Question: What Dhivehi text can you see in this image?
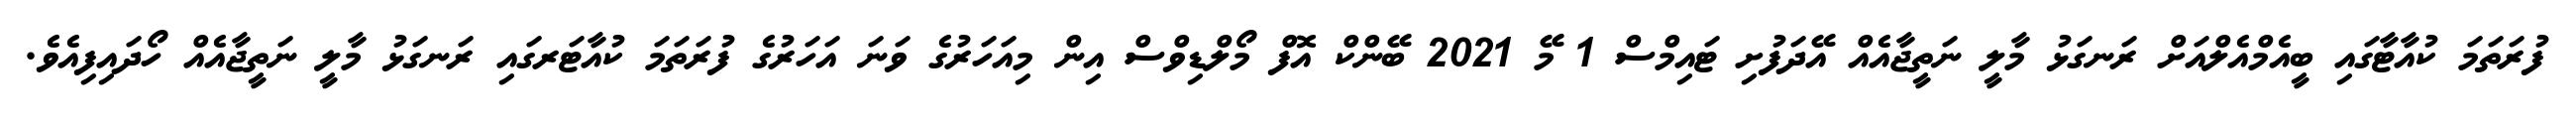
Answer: ފުރަތަމަ ކުއާޓާގައި ބީއެމްއެލްއަށް ރަނގަޅު މާލީ ނަތީޖާއެއް އޭދަފުށި ޓައިމްސް 1 މޭ 2021 ބޭންކް އޮފް މޯލްޑިވްސް އިން މިއަހަރުގެ ވަނަ އަހަރުގެ ފުރަތަމަ ކުއާޓަރގައި ރަނގަޅު މާލީ ނަތީޖާއެއް ހޯދައިފިއެވެ.